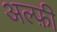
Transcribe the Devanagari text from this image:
अल्फ़ी